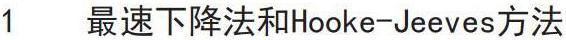
1 最速下降法和Hooke-Jeeves方法